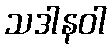
သဒါနဝါ